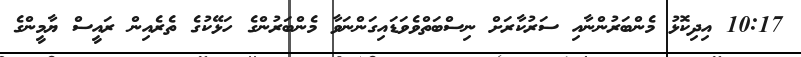
10:17 އިދިކޮޅު މެންބަރުންނާއި ސަރުކާރަށް ނިސްބަތްވެވަޑައިގަންނަވާ މެންބަރުންގެ ހަޅޭކުގެ ތެރެއިން ރައީސް ޔާމީންގެ